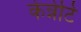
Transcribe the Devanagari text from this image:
केन्नेटि